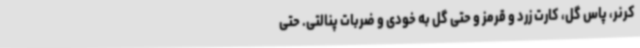
کرنر، پاس گل، کارت زرد و قرمز و حتی گل به خودی و ضربات پنالتی. حتی